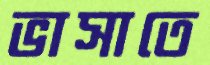
ভাসাতে